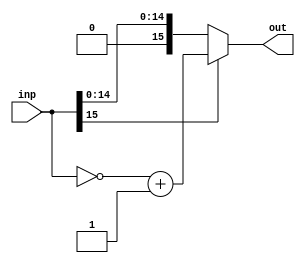
`timescale 1ns / 1ps
//////////////////////////////////////////////////////////////////////////////////
// Company: 
// Engineer: 
// 
// Design Name: 
// Module Name:    abs 
// Project Name: 
// Target Devices: 
// Tool versions: 
// Description: 
//
// Dependencies: 
//
// Revision: 
// Revision 0.01 - File Created
// Additional Comments: 
//
//////////////////////////////////////////////////////////////////////////////////
module abs
#(parameter bitwidth=16)
(output  [bitwidth-1:0] out,
 input [bitwidth-1:0] inp);
 
 assign out = inp[bitwidth-1] ? ((~inp)+1'b1) : inp;
 
// wire [bitwidth-1:0] negative;
// twosComplement t(negative,inp);
// always @(*)
// begin
// if (inp[bitwidth-1]==1'b1)
//      out <= negative;
// else
//      out <= inp;
//end
endmodule